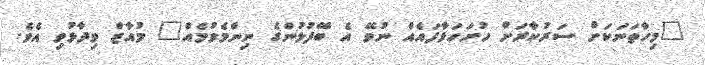
"މިހާތަނަކަށް ސަރުކާރަށް ހުށަހަޅާފައެއް ނުވޭ އެ ބޭފުޅުންގެ ނިންމެވުމެއް" މުއާޒް ވިދާޅުވި އެވެ.